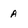
Character: A